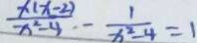
\frac { x ( x - 2 ) } { x ^ { 2 } - 4 } - \frac { 1 } { x ^ { 2 } - 4 } = 1